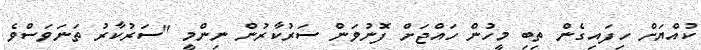
ކުއްޔަށް ހިފައިގެން ތިބި މީހުން ހައްޖަށް ފޮނުވަން ސަރުކާރުން ނިންމީ "ސަރުކާރު ތަނަވަސްވެ